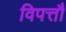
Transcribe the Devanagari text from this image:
विपत्तौ